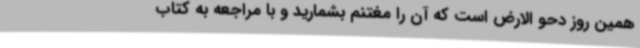
همین روز دحو الارض است که آن را مغتنم بشمارید و با مراجعه به کتاب